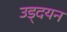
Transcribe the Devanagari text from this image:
उड्दयन